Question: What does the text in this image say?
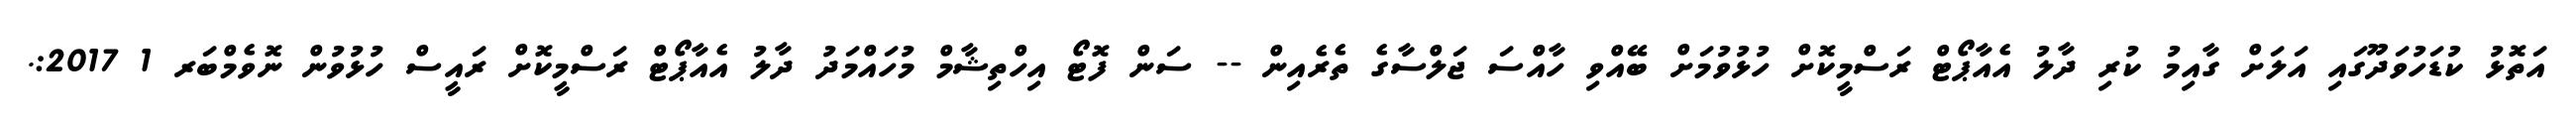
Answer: އަތޮޅު ކުޑަހުވަދޫގައި އަލަށް ގާއިމު ކުރި ދާލު އެއާޕޯޓް ރަސްމީކޮށް ހުޅުވުމަށް ބޭއްވި ހާއްސަ ޖަލްސާގެ ތެރެއިން -- ސަން ފޮޓޯ އިހްތިޝާމް މުހައްމަދު ދާލު އެއާޕޯޓް ރަސްމީކޮށް ރައީސް ހުޅުވުން ނޮވެމްބަރ 1 2017:.